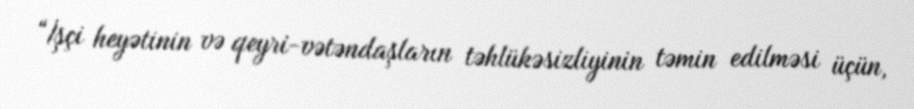
“İşçi heyətinin və qeyri-vətəndaşların təhlükəsizliyinin təmin edilməsi üçün,